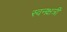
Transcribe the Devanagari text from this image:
स्वनक्षत्री